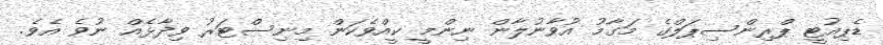
ޑެޕިއުޓީ ޕްރިންސިޕަލްގެ މަގާމު އުވާނުލާން ނިންމީ ކީއްވެކަން މިނިސްޓަރު ވިދާޅެއް ނުވެ އެވެ.